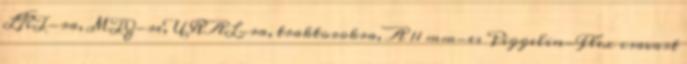
LKT-ra, MTZ-re, URAL-ra, traktorokra, A 11 mm-es Piggelin-Flex csavart